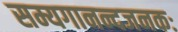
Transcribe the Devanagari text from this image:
सम्यगानन्दजनकः